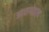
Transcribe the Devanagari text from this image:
आसपताल